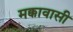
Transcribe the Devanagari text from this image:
मक्कावासी